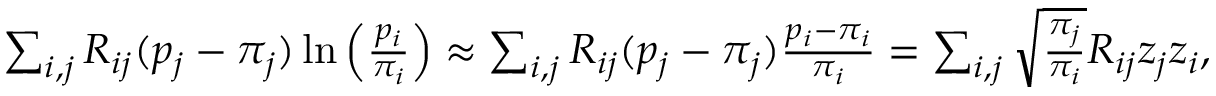
\begin{array} { r } { \sum _ { i , j } R _ { i j } ( p _ { j } - \pi _ { j } ) \ln \left( \frac { p _ { i } } { \pi _ { i } } \right) \approx \sum _ { i , j } R _ { i j } ( p _ { j } - \pi _ { j } ) \frac { p _ { i } - \pi _ { i } } { \pi _ { i } } = \sum _ { i , j } \sqrt { \frac { \pi _ { j } } { \pi _ { i } } } R _ { i j } z _ { j } z _ { i } , } \end{array}